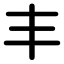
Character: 丰